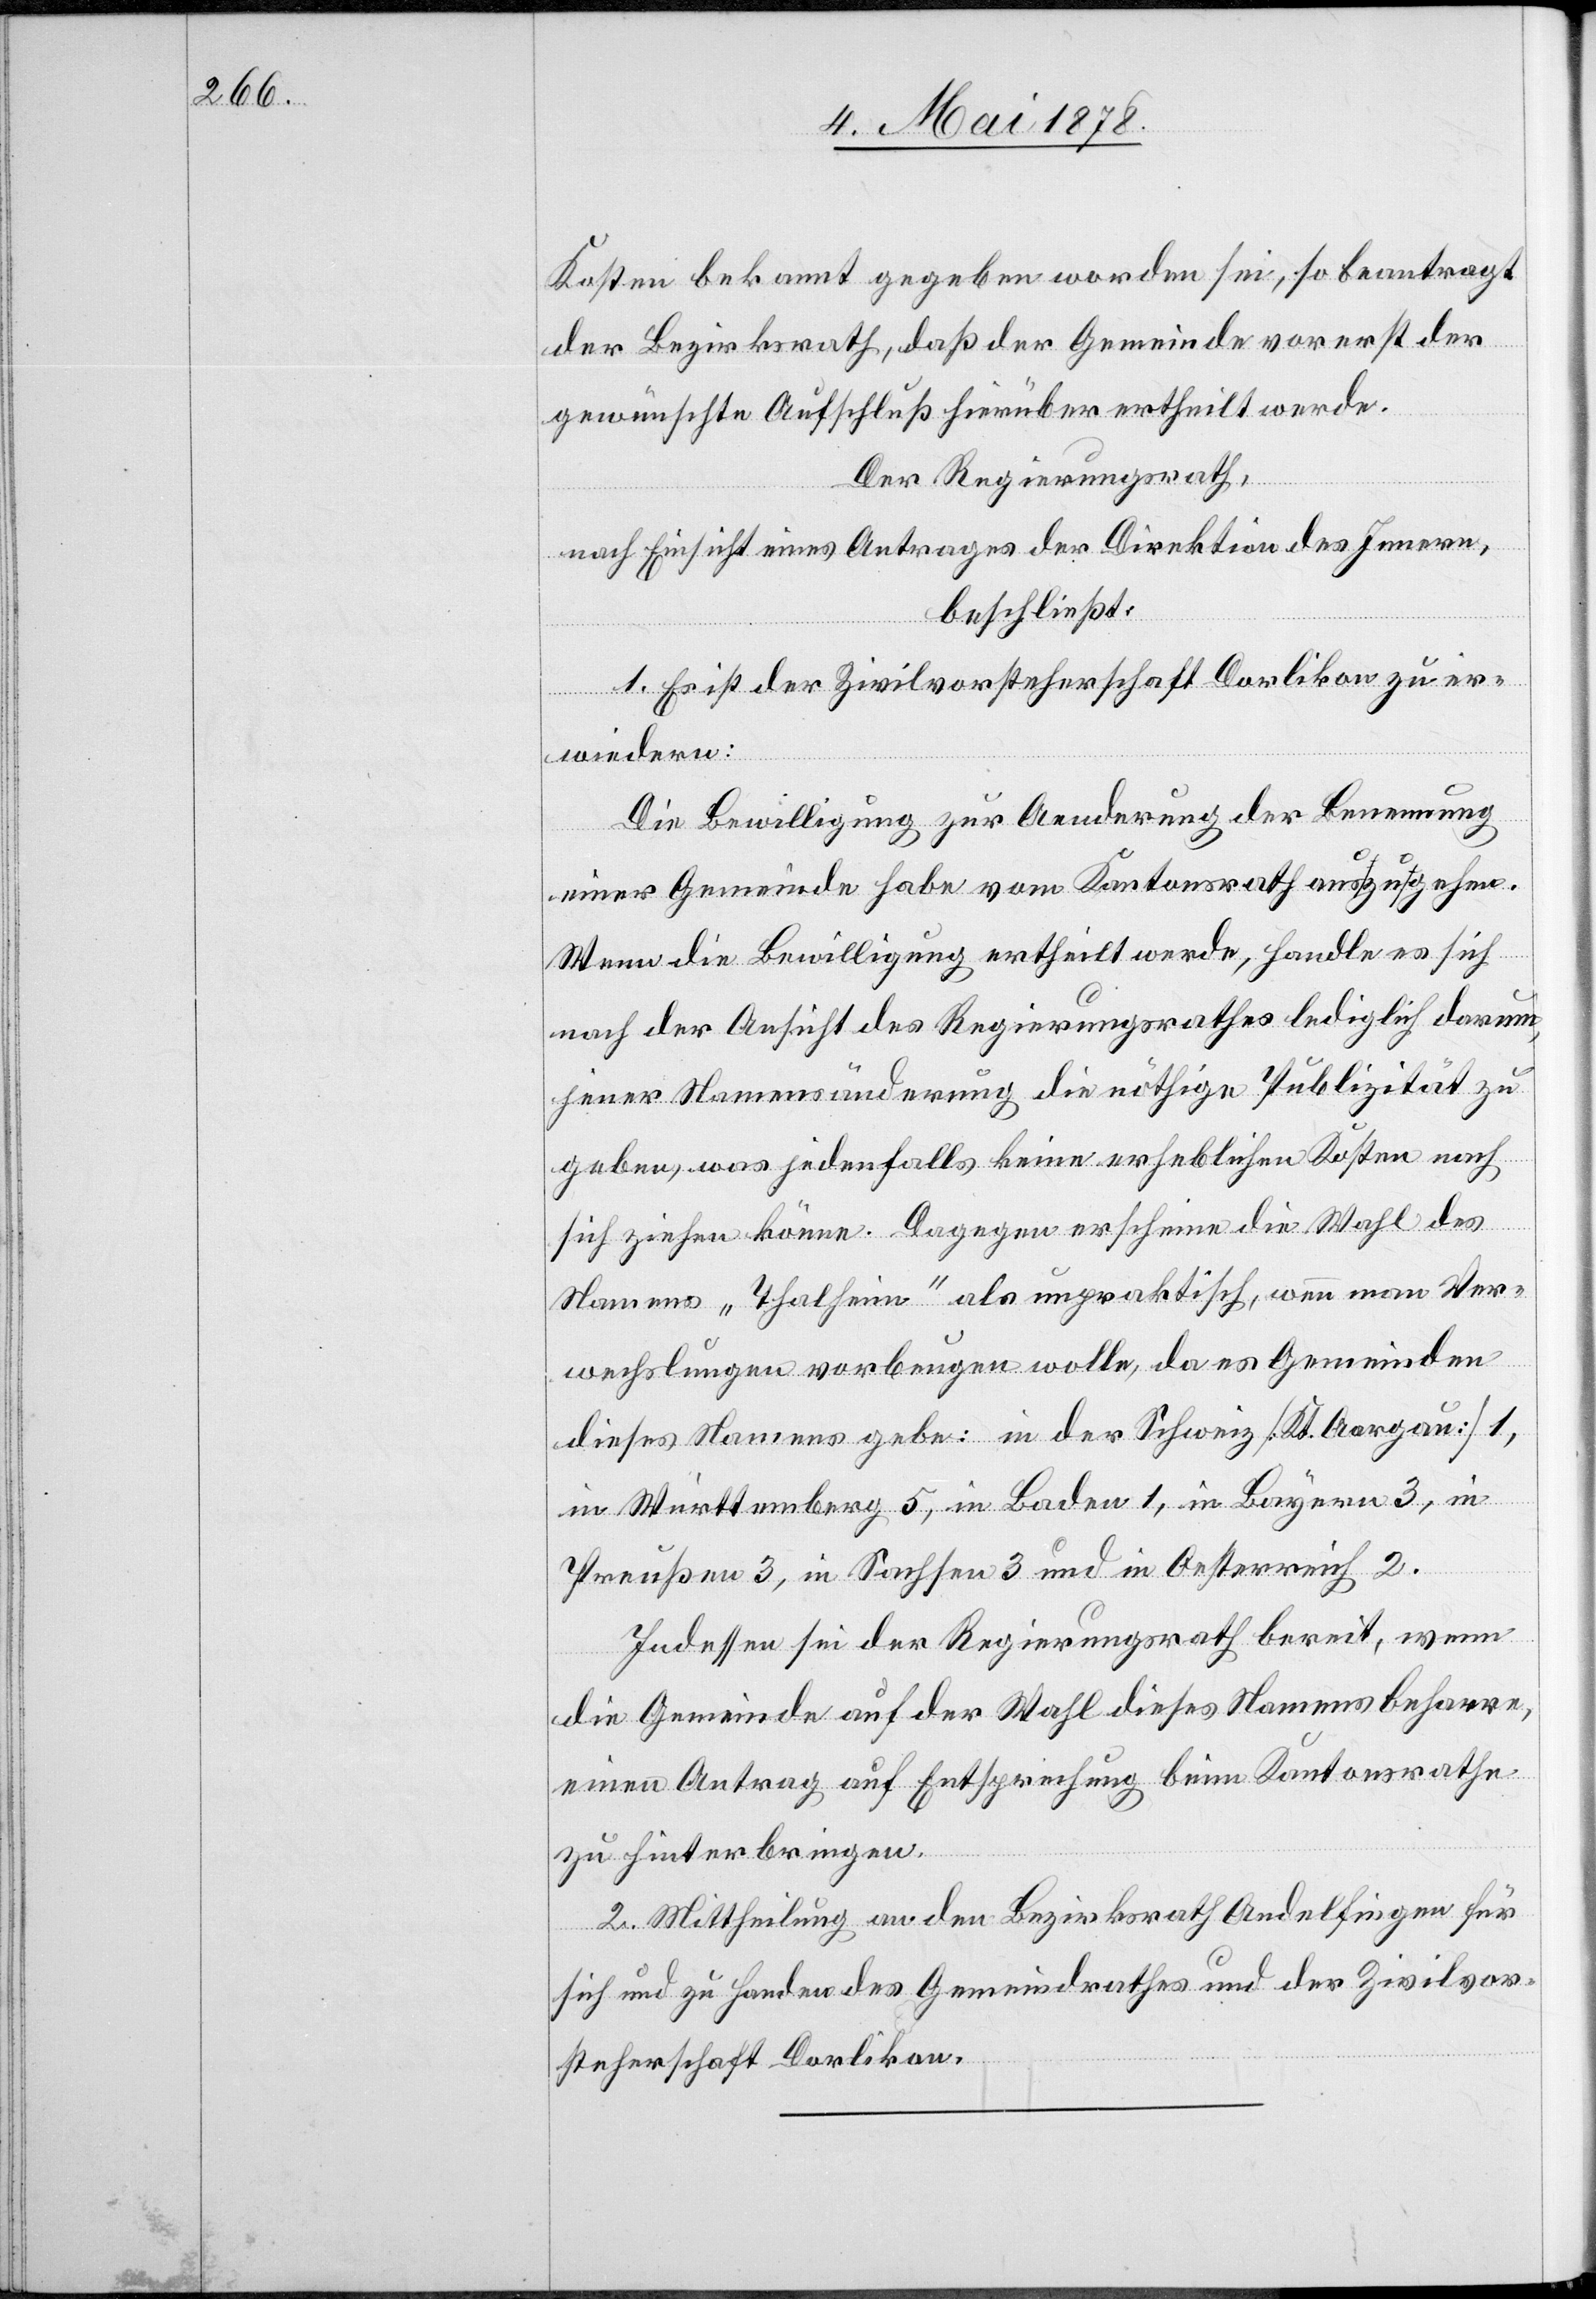
Kosten bekannt gegeben worden sei, so beantragt
der Bezirksrath, daß der Gemeinde vorerst der
gewünschte Aufschluß hierüber ertheilt werde.
Der Regierungsrath,
nach Einsicht eines Antrages der Direktion des Innern,
beschließt:
1. Es ist der Zivilvorsteherschaft Dorlikon zu er¬
wiedern:
Die Bewilligung zur Aenderung der Benennung
einer Gemeinde habe vom Kantonsrath aus zu gehen.
Wenn die Bewilligung ertheilt werde, handle es sich
nach der Ansicht des Regierungsrathes lediglich darum,
jener Namensänderung die nöthige Publizität zu
geben, was jedenfalls keine erheblichen Kosten nach
sich ziehen könne. Dagegen erscheine die Wahl des
Namens „Thalheim“ als unpraktisch, wenn man Ver¬
wechslungen vorbeugen wolle, da es Gemeinden
dieses Namens gebe: in der Schweiz [Kt. Aargau] 1,
in Württemberg 5, in Baden 1, in Bayern 3, in
Preußen 3, in Sachsen 3 und in Oesterreich 2.
Indessen sei der Regierungsrath bereit, wenn
die Gemeinde auf der Wahl dieses Namens beharre,
einen Antrag auf Entsprechung beim Kantonsrathe
zu hinterbringen.
2. Mittheilung an den Bezirksrath Andelfingen für
sich und zu Handen des Gemeindrathes und der Zivilvor¬
steherschaft Dorlikon.